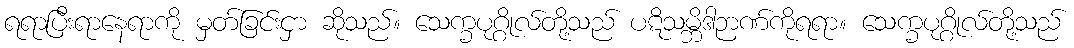
ရရာပြီးရာနေရာကို မှတ်ခြင်းငှာ ဆိုသည်။ သေက္ခပုဂ္ဂိုလ်တို့သည် ပဋိသမ္ဘိဒါဉာဏ်ကိုရရာ။ သေက္ခပုဂ္ဂိုလ်တို့သည်